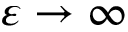
\varepsilon \to \infty